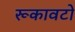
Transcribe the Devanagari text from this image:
रूकावटो